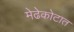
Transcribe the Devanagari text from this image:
मेढेकोटात